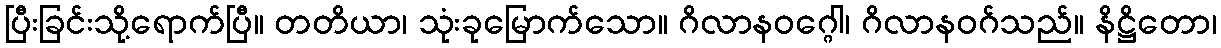
ပြီးခြင်းသို့ရောက်ပြီ။ တတိယာ၊ သုံးခုမြောက်သော။ ဂိလာနဝဂ္ဂေါ၊ ဂိလာနဝဂ်သည်။ နိဋ္ဌိတော၊